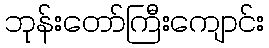
ဘုန်းတော်ကြီးကျောင်း